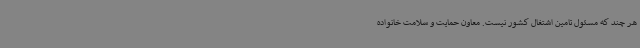
هر چند که مسئول تامین اشتغال کشور نیست. معاون حمایت و سلامت خانواده